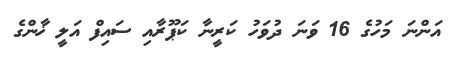
އަންނަ މަހުގެ 16 ވަނަ ދުވަހު ކަރީނާ ކަޕޫރާއި ސައިފް އަލީ ޚާންގެ